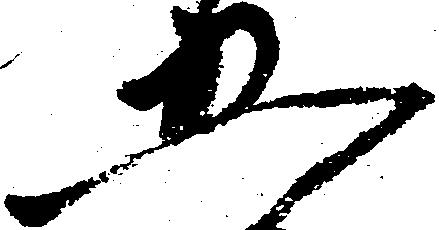
五